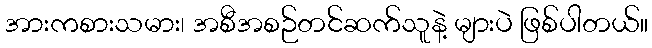
အားကစားသမား၊ အစီအစဉ်တင်ဆက်သူနဲ့ များပဲ ဖြစ်ပါတယ်။